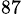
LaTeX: ^{87}